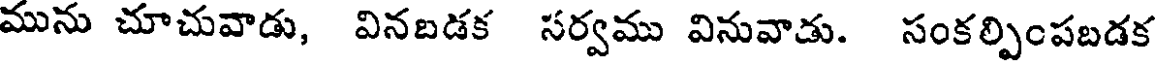
మును చూచువాడు, వినబడక సర్వము వినువాడు. సంకల్పింపబడక